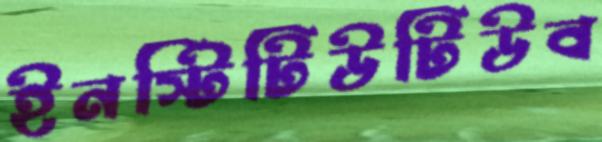
ইনস্টিটিউটিউব